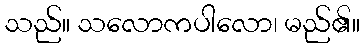
သည်။ သလောကပါလော၊ မည်၏။